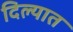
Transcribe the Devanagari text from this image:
दिल्यात